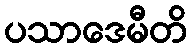
ပသာဒေမီတိ